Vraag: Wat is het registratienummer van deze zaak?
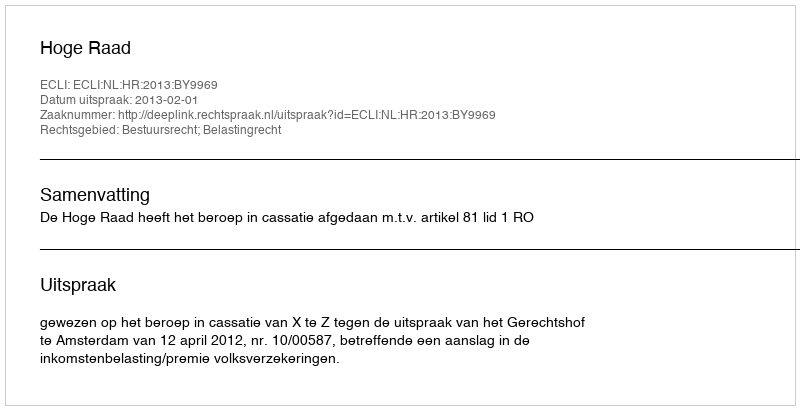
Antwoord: http://deeplink.rechtspraak.nl/uitspraak?id=ECLI:NL:HR:2013:BY9969